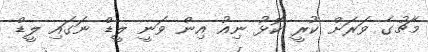
މެޗުގެ ވަރަށް ކުރީ ކޮޅު ނިއު އިން ވަނީ ލީޑް ނަގައި ލީޑް